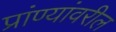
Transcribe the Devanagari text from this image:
प्रांण्यांवरील